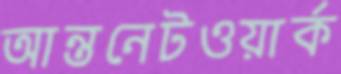
আন্তনেটওয়ার্ক